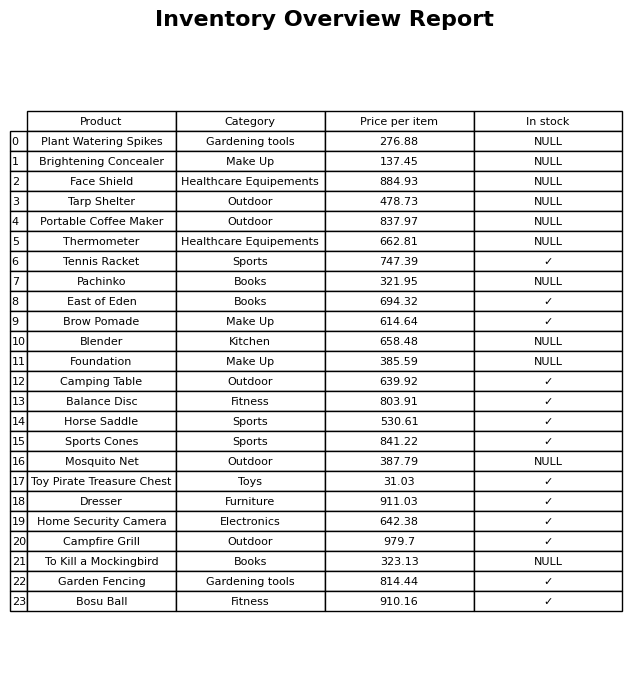
question: What is the price for Brow Pomade?
answer: The price of Brow Pomade is 614.64.